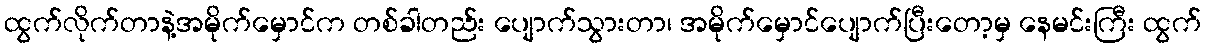
ထွက်လိုက်တာနဲ့အမိုက်မှောင်က တစ်ခါတည်း ပျောက်သွားတာ၊ အမိုက်မှောင်ပျောက်ပြီးတော့မှ နေမင်းကြီး ထွက်